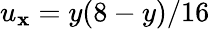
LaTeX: u_{\mathbf{x}}=y(8-y)/16